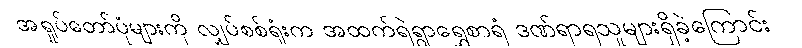
အရှုပ်တော်ပုံများကို လျှပ်စစ်ရုံးက အထက်ရဲရွာရွှေစာရံ ဒဏ်ရာရသူများရှိခဲ့ကြောင်း